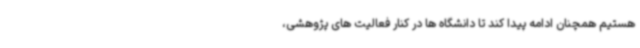
هستیم همچنان ادامه پیدا کند تا دانشگاه ها در کنار فعالیت های پژوهشی،